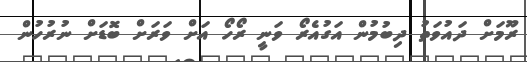
ރޫމަށް ދައުވަތު ދިބުމުން އަގުއެރޯ ވަނީ ރޯހޯ އަށް ވަރަށް ބޮޑަށް ނުރުހުން